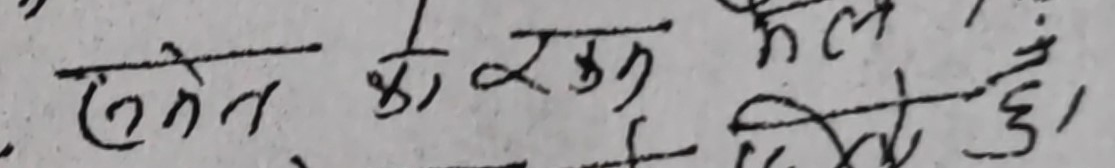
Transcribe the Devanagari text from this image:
समेत कै रुप मैं छु।